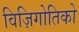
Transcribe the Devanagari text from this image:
विज़िगोतिको